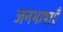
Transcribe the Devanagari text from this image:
जनभाषाएँ